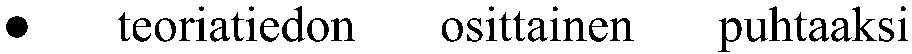
●   teoriatiedon osittainen puhtaaksi